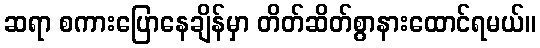
ဆရာ စကားပြောနေချိန်မှာ တိတ်ဆိတ်စွာနားထောင်ရမယ်။